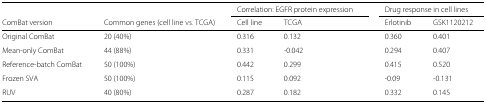
<table><thead><tr><td>[EMPTY_CELL]</td><td>[EMPTY_CELL]</td><td colspan="2"><b>Correlation: EGFR protein expression</b></td><td colspan="2"><b>Drug response in cell lines</b></td></tr><tr><td><b>ComBat version</b></td><td><b>Common genes (cell line vs. TCGA)</b></td><td><b>Cell line</b></td><td><b>TCGA</b></td><td><b>Erlotinib</b></td><td><b>GSK1120212</b></td></tr></thead><tbody><tr><td>Original ComBat</td><td>20 (40%)</td><td>0.316</td><td>0.132</td><td>0.360</td><td>0.401</td></tr><tr><td>Mean-only ComBat</td><td>44 (88%)</td><td>0.331</td><td>-0.042</td><td>0.294</td><td>0.407</td></tr><tr><td>Reference-batch ComBat</td><td>50 (100%)</td><td>0.442</td><td>0.299</td><td>0.415</td><td>0.520</td></tr><tr><td>Frozen SVA</td><td>50 (100%)</td><td>0.115</td><td>0.092</td><td>-0.09</td><td>-0.131</td></tr><tr><td>RUV</td><td>40 (80%)</td><td>0.287</td><td>0.182</td><td>0.332</td><td>0.145</td></tr></tbody></table>